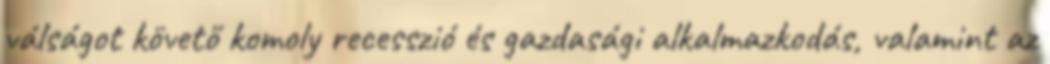
válságot követő komoly recesszió és gazdasági alkalmazkodás, valamint az